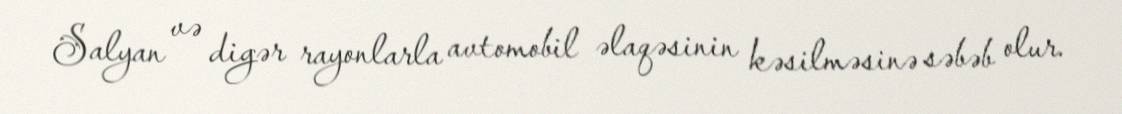
Salyan və digər rayonlarla avtomobil əlaqəsinin kəsilməsinə səbəb olur.